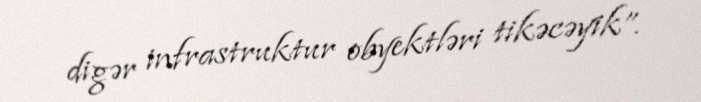
digər infrastruktur obyektləri tikəcəyik”.